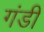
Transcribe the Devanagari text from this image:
गंडी